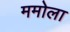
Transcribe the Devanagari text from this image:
ममोला